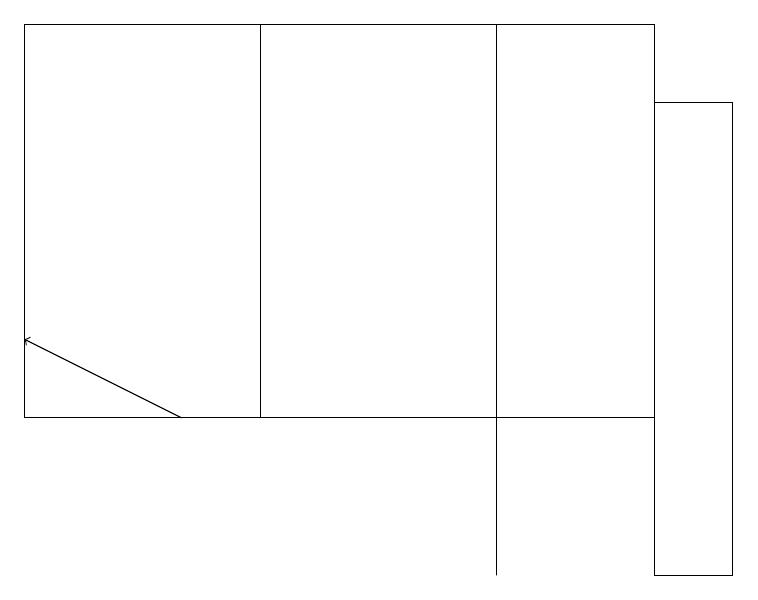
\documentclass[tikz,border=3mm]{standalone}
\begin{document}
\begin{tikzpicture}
\draw (0,12) rectangle (4,12);
\draw (8,10) rectangle (9,16);
\draw[->] (2,12) -- (0,13);
\draw (6,10) rectangle (6,17);
\draw (0,17) rectangle (3,12);
\draw (3,12) rectangle (8,17);
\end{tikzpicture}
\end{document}